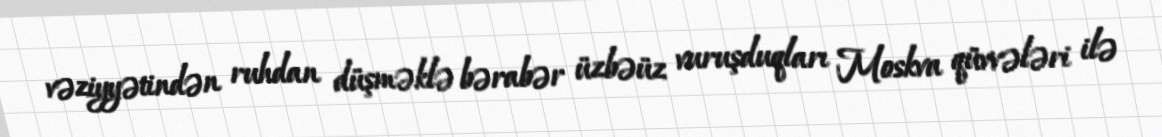
vəziyyətindən ruhdan düşməklə bərabər üzbəüz vuruşduqları Moskva qüvvələri ilə